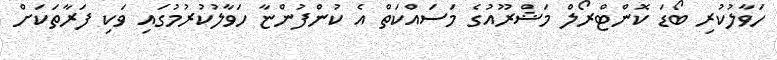
ހަވާލުކުރި ބޯޑަ ކޮންޓްރޯލް މަޝްރޫއުގެ މަސައްކަތް އެ ކުންފުންޏާ ހަވާލުކުރުމުގައި ވަކި ފަރާތަކަށް